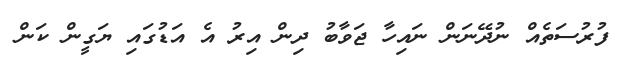
ފުރުސަތެއް ނުދޭނަން ނައިހާ ޖަވާބު ދިން އިރު އެ އަޑުގައި ޔަގީން ކަން